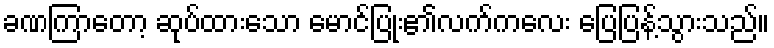
ခဏကြာတော့ ဆုပ်ထားသော မောင်ပြုံး၏လက်ကလေး ပြေပြန့်သွားသည်။